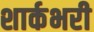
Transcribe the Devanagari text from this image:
शार्कभरी